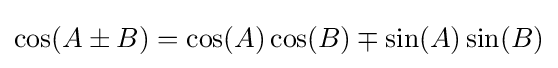
\cos(A\pm B)=\cos(A)\cos(B)\mp \sin(A)\sin(B)